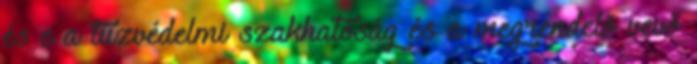
és c a tûzvédelmi szakhatóság és a megrendelõ vevõ